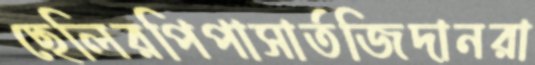
ছেলিরপিপাসার্তজিদানরা